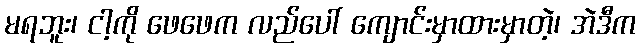
မရဘူး၊ ငါ့ကို ဖေဖေက လည်ပေါ် ကျောင်းမှာထားမှာတဲ့၊ အဲဒီက